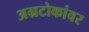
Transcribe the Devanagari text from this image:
अग्रटोकांवर